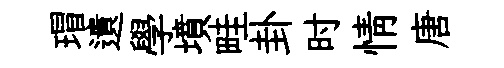
瑁遺學墳畦卦时情唐